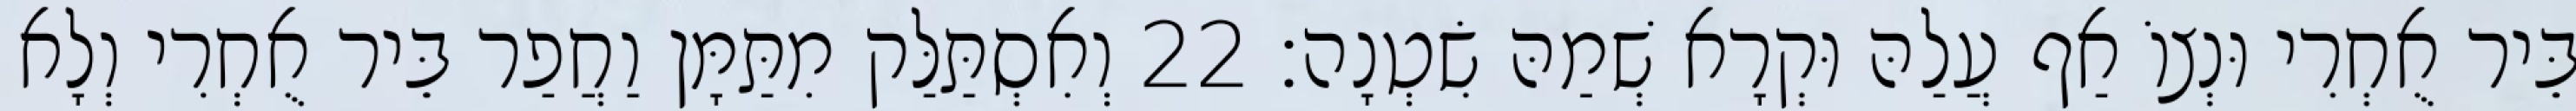
בֵּיר אֻחְרִי וּנְצוֹ אַף עֲלַהּ וּקְרָא שְׁמַהּ שִׂטְנָה׃ 22 וְאִסְתַּלַּק מִתַּמָּן וַחֲפַר בֵּיר אֻחְרִי וְלָא